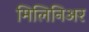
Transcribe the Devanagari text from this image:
मिलिनिअर